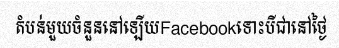
តំបន់មួយចំនួននៅឡើយFacebookទោះបីជានៅថ្ងៃ